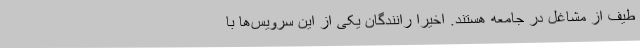
طیف از مشاغل در جامعه هستند. اخیرا رانندگان یکی از این سرویس‌ها با